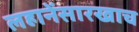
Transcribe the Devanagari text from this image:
लहानेंसारखाच